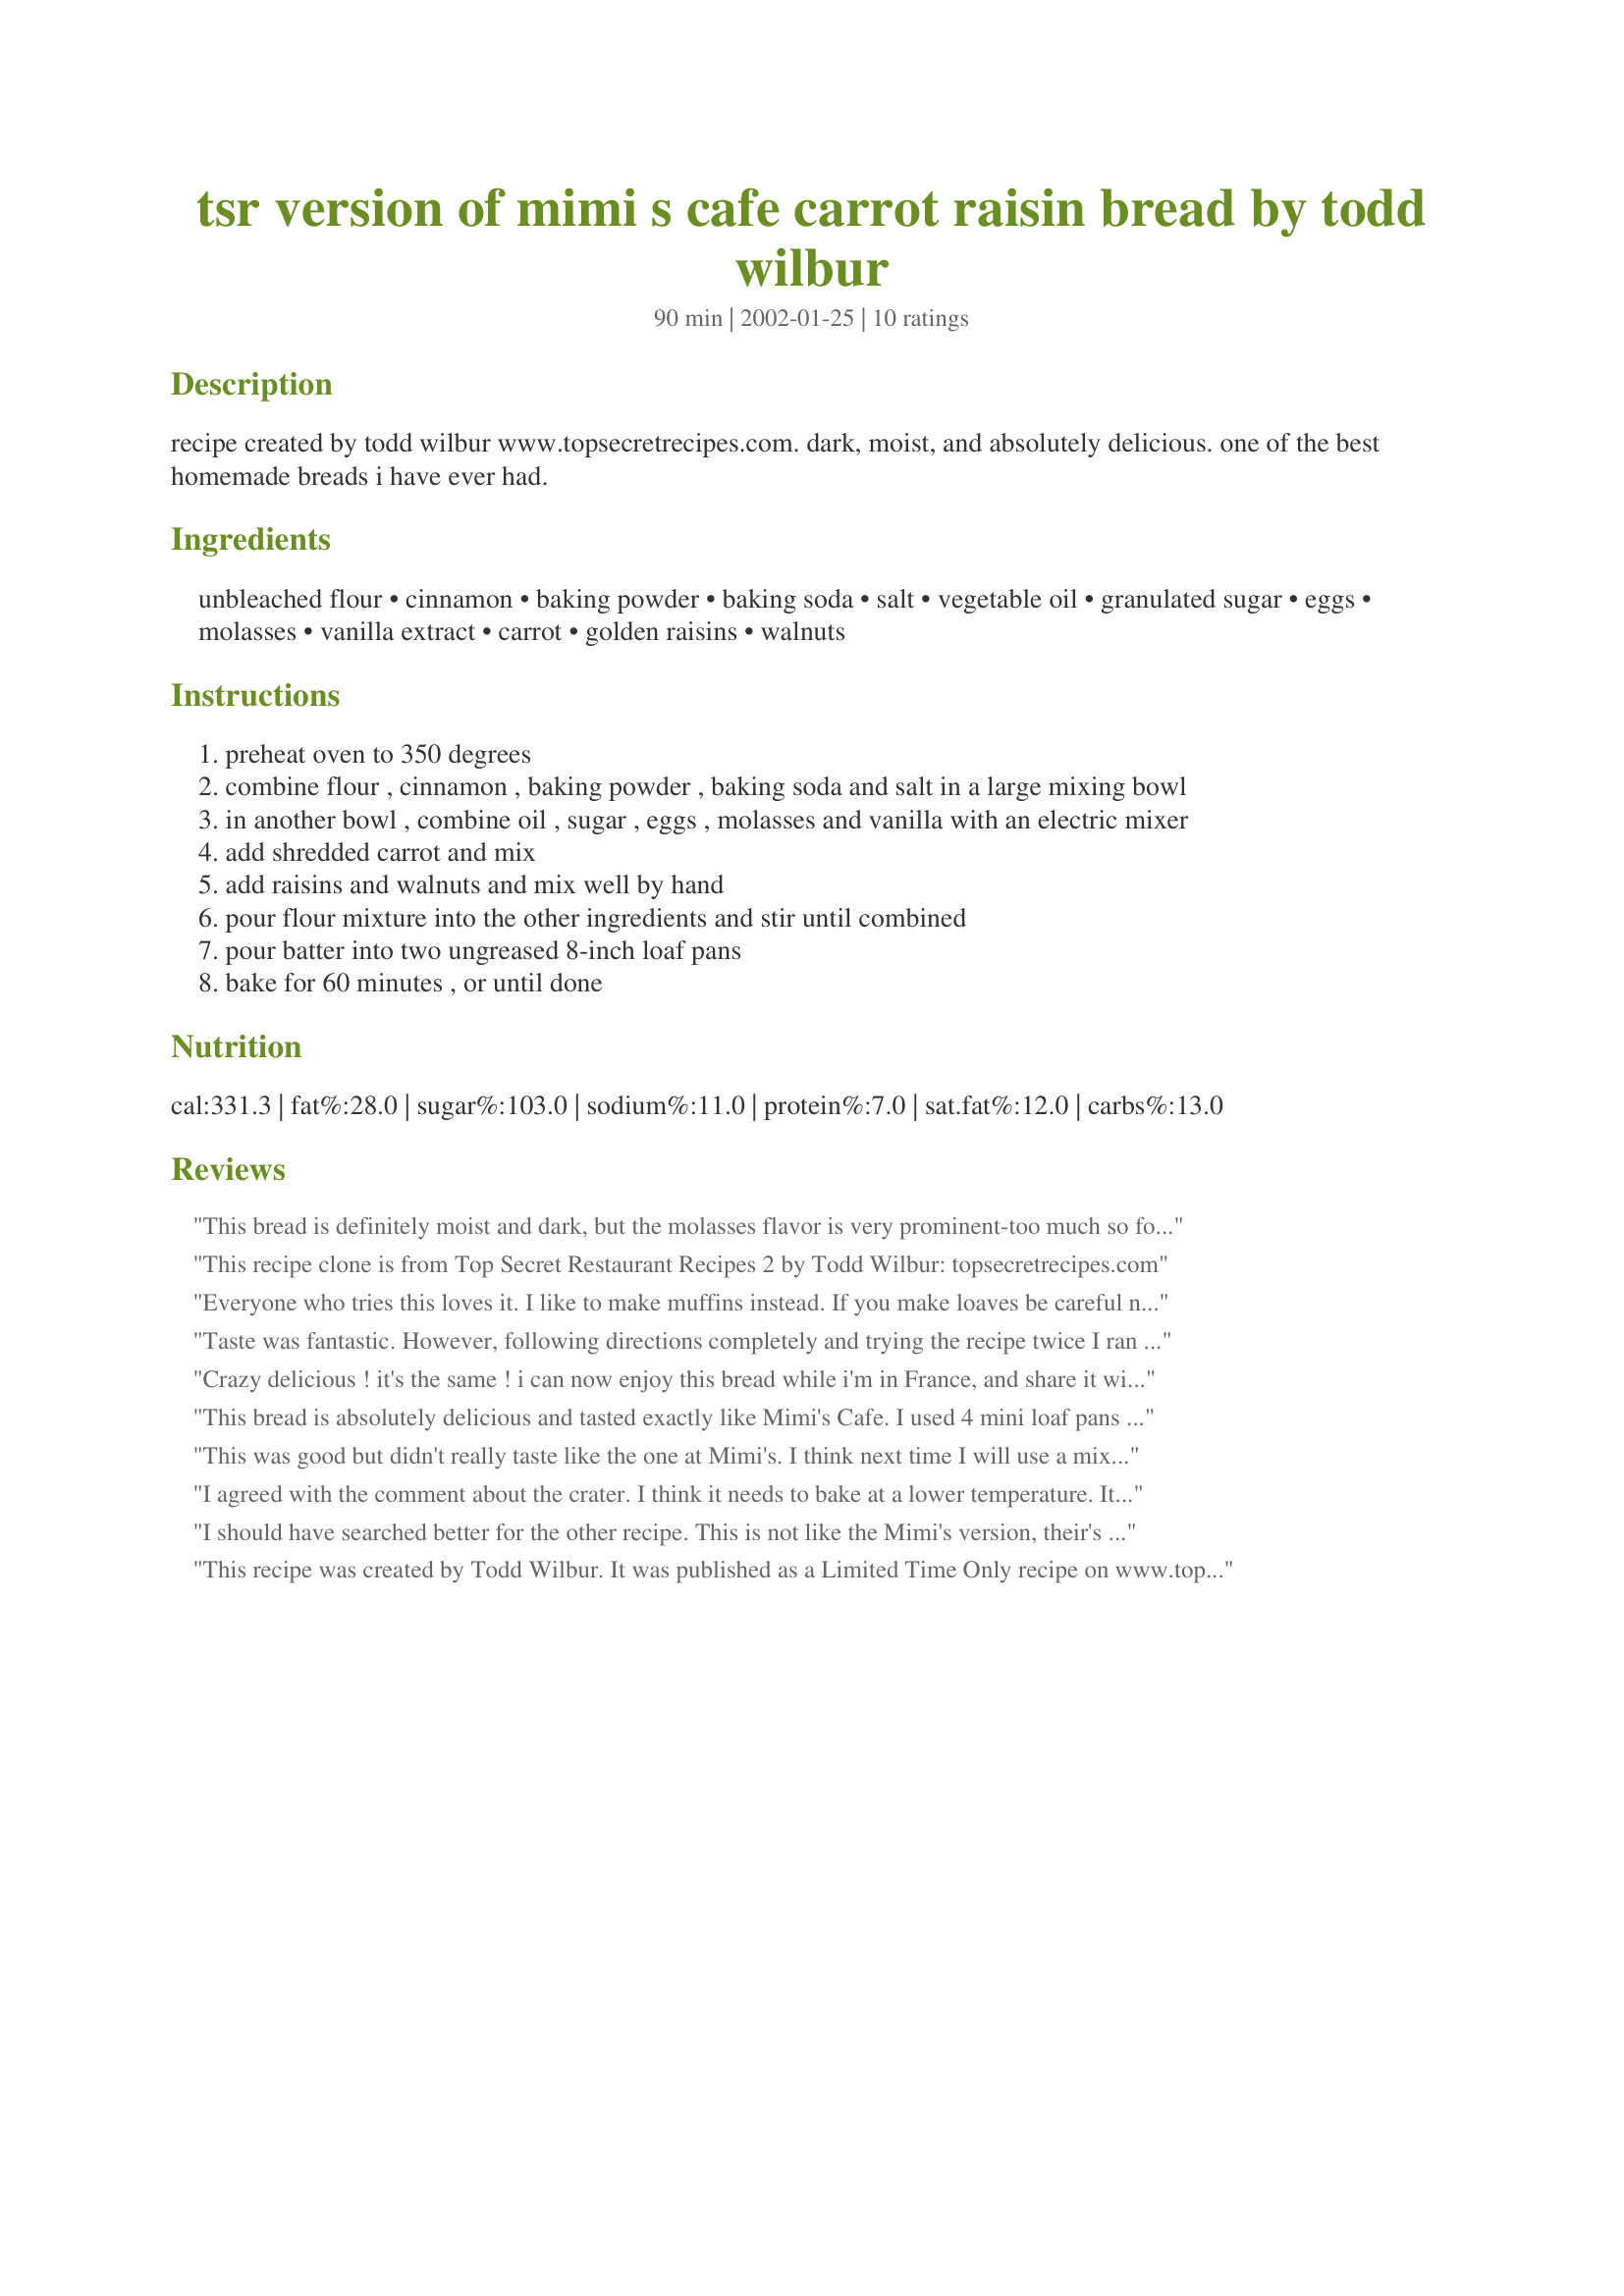
tsr version of mimi s cafe carrot raisin bread by todd wilbur
Preparation time: 90 minutes

recipe created by todd wilbur www.topsecretrecipes.com. dark, moist, and absolutely delicious. one of the best homemade breads i have ever had.

Ingredients:
unbleached flour, cinnamon, baking powder, baking soda, salt, vegetable oil, granulated sugar, eggs, molasses, vanilla extract, carrot, golden raisins, walnuts

Steps:
preheat oven to 350 degrees
combine flour , cinnamon , baking powder , baking soda and salt in a large mixing bowl
in another bowl , combine oil , sugar , eggs , molasses and vanilla with an electric mixer
add shredded carrot and mix
add raisins and walnuts and mix well by hand
pour flour mixture into the other ingredients and stir until combined
pour batter into two ungreased 8-inch loaf pans
bake for 60 minutes , or until done

Reviews:
This bread is definitely moist and dark, but the molasses flavor is very prominent-too much so for my taste. I've never eaten Mimi's version, but this wasn't what I expected from a carrot bread. You can't see the carrots, and you can't really taste them either. I substituted applesauce for part of the oil, but I don't think that would affect the overall taste very much-it doesn't in other quick bread recipes I have. I would agree with the previous review about cooking time. I checked the loaves at 45 minutes, and they only needed about 5 minutes more to be done. Also, possibly due to the applesauce, I had trouble getting the loaves out of the pans in one piece, even though I had lightly spritzed the pans with nonstick spray. I would be leery of using ungreased pans, even with the full complement of oil.
This recipe clone is from Top Secret Restaurant Recipes 2 by Todd Wilbur: topsecretrecipes.com
Everyone who tries this loves it. I like to make muffins instead. If you make loaves be careful not to over cook, with the molasses this can pick up a burnt taste.
Taste was fantastic. However, following directions completely and trying the recipe twice I ran into the same issue. The bread collapse leaving a "crater" in the center of the loaves about 1 and 1/2 inches deep. There is no "bad" just the good and the ugly. Has anyone else experienced this?
Crazy delicious ! it's the same ! i can now enjoy this bread while i'm in France, and share it with my family. Very moist, i love the texture, the taste, everything !
Thank you very much. I took some pictures too !
we had it for breakfast, then for diner, we spread some "foie gras" on it, and that's fabolous ! try it !
This bread is absolutely delicious and tasted exactly like Mimi's Cafe. I used 4 mini loaf pans so I did not have the fall in the middle problem. I also did not grease my pans like the recipe stated, but I took them out of the pan immediately while still hot. Had to wedge them out just a little with a knife, but they taste better cooked without greasing the pans.
This was good but didn't really taste like the one at Mimi's. I think next time I will use a mixer for the wet and dry ingredients and then stir in the carrots and raisins. It didn't seem as moist as Mimi's but I think this recipe is a good start.
I agreed with the comment about the crater. I think it needs to bake at a lower temperature. It rises too fast and the middle is done before it has risen. I will try 250 for 30 min., then 300 till done.
I should have searched better for the other recipe. This is not like the Mimi's version, their's has more texture and mine turned out dry. The molasses in this one overpowered the other flavors. Plus I should have used vegetable cooking spray to help release the loaves both of which stuck. I will try Mille's recipe for Mimi's spice muffins though.
This recipe was created by Todd Wilbur. It was published as a Limited Time Only recipe on www.topsecretrecipes.com
